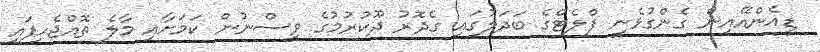
ޑީއެންއޭއިން ގެންގުޅެނީ ފްލެޓްގެ ބަދަލުގައި ގެދޮރު ދޫކުރުމުގެ ވިސްނުން ކަމަށާއި މާލެ ތޮއްޖެހިފައި